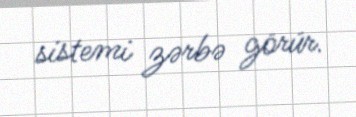
sistemi zərbə görür.